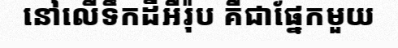
នៅលើទឹកដីអឺរ៉ុប គឺជាផ្នែកមួយ